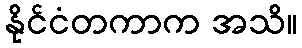
နိုင်ငံတကာက အသိ။